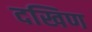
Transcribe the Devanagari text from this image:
दखिण